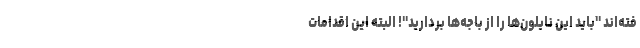
فته‌اند "باید این نایلون‌ها را از باجه‌ها بردارید"! البته این اقدامات